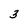
Character: 3